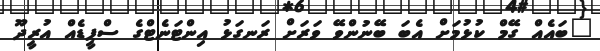
"ބައެއް ގޭމް ކުޅުމަށް އެބަ ބޭނުންވޭ ވަރަށް ރަނގަޅު އިންޓަނެޓްގެ ސްޕީޑެއް އުރީދޫ